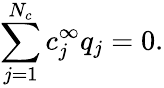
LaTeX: \sum_{j=1}^{N_{c}}c_{j}^{\infty}q_{j}=0.